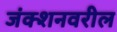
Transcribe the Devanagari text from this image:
जंक्शनवरील